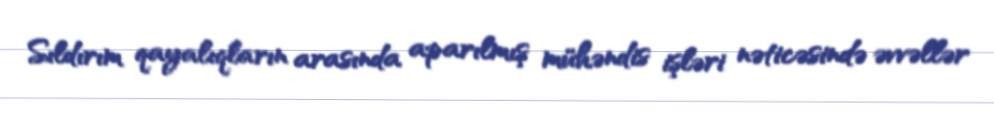
Sıldırım qayalıqların arasında aparılmış mühəndis işləri nəticəsində əvvəllər